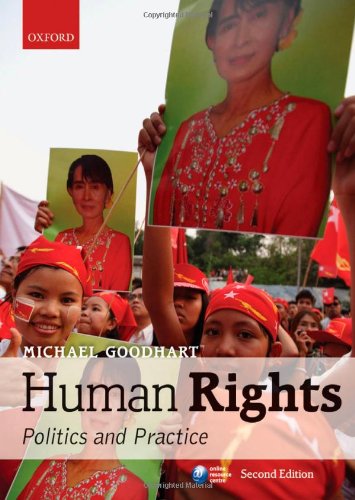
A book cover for Human Rights: Politics and Practice, 2nd Edition; Michael Goodhart; Law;